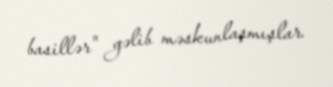
basillər" gəlib məskunlaşmışlar.